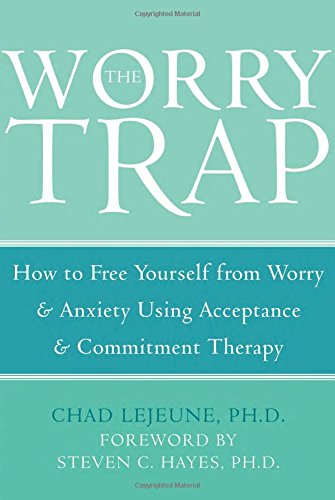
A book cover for The Worry Trap: How to Free Yourself from Worry & Anxiety using Acceptance and Commitment Therapy; Chad LeJeune PhD; Health, Fitness & Dieting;